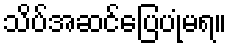
သိပ်အဆင်ပြေပုံမရ။